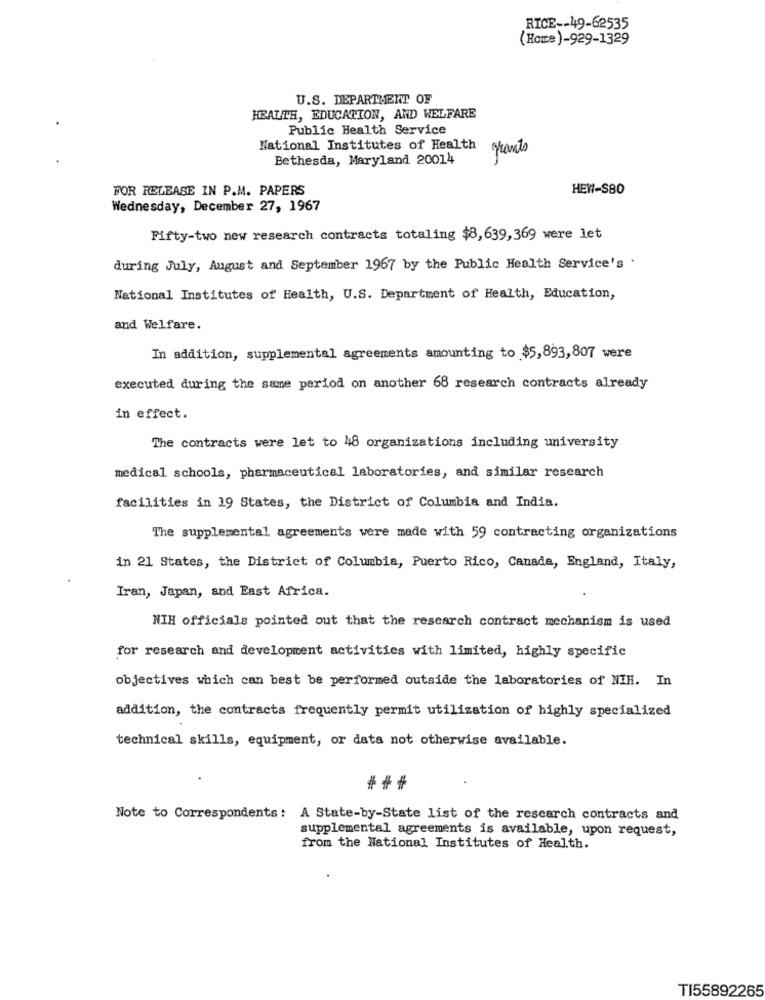
RICE -- 49-62535
(Home)-929-1329
U.S. DEPARTMENT OF
HEALTH, EDUCATION, AND WELFARE
Public Health Service
National Institutes of Health
grants
Bethesda, Maryland 20014
FOR RELEASE IN P.M. PAPERS
HEW-S80
Wednesday, December 27, 1967
Fifty-two new research contracts totaling $8,639,369 were let
during July, August and September 1967 by the Public Health Service's .
National Institutes of Health, U.S. Department of Health, Education,
and Welfare.
In addition, supplemental agreements amounting to $5,893,807 were
executed during the same period on another 68 research contracts already
in effect.
The contracts were let to 48 organizations including university
medical schools, pharmaceutical laboratories, and similar research
facilities in 19 States, the District of Columbia and India.
The supplemental agreements were made with 59 contracting organizations
in 21 States, the District of Columbia, Puerto Rico, Canada, England, Italy,
Iran, Japan, and East Africa.
NIH officials pointed out that the research contract mechanism is used
for research and development activities with limited, highly specific
objectives which can best be performed outside the laboratories of NIH. In
addition, the contracts frequently permit utilization of highly specialized
technical skills, equipment, or data not otherwise available.
Note to Correspondents: A State-by-State list of the research contracts and
supplemental agreements is available, upon request,
from the National Institutes of Health.
TI55892265